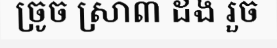
ច្រូច ស្រា៣ ដង រួច